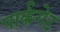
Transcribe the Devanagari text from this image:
पार्कगेट